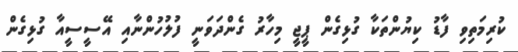
ކުރިމަތިވި ފާޑު ކިޔުންތަކާ ގުޅިގެން ޕީޖީ މިހާރު ގެންދަވަނީ ފުލުހުންނާއި އޭސީސީއާ ގުޅިގެން